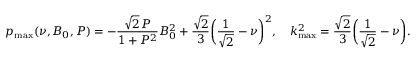
p _ { \operatorname* { m a x } } ( \nu , B _ { 0 } , P ) = - \frac { \sqrt { 2 } \, P } { 1 + P ^ { 2 } } B _ { 0 } ^ { 2 } + \frac { \sqrt { 2 } } { 3 } \biggl ( \frac { 1 } { \sqrt { 2 } } - \nu \biggr ) ^ { 2 } , \quad k _ { \operatorname* { m a x } } ^ { 2 } = \frac { \sqrt { 2 } } { 3 } \biggl ( \frac { 1 } { \sqrt { 2 } } - \nu \biggr ) .